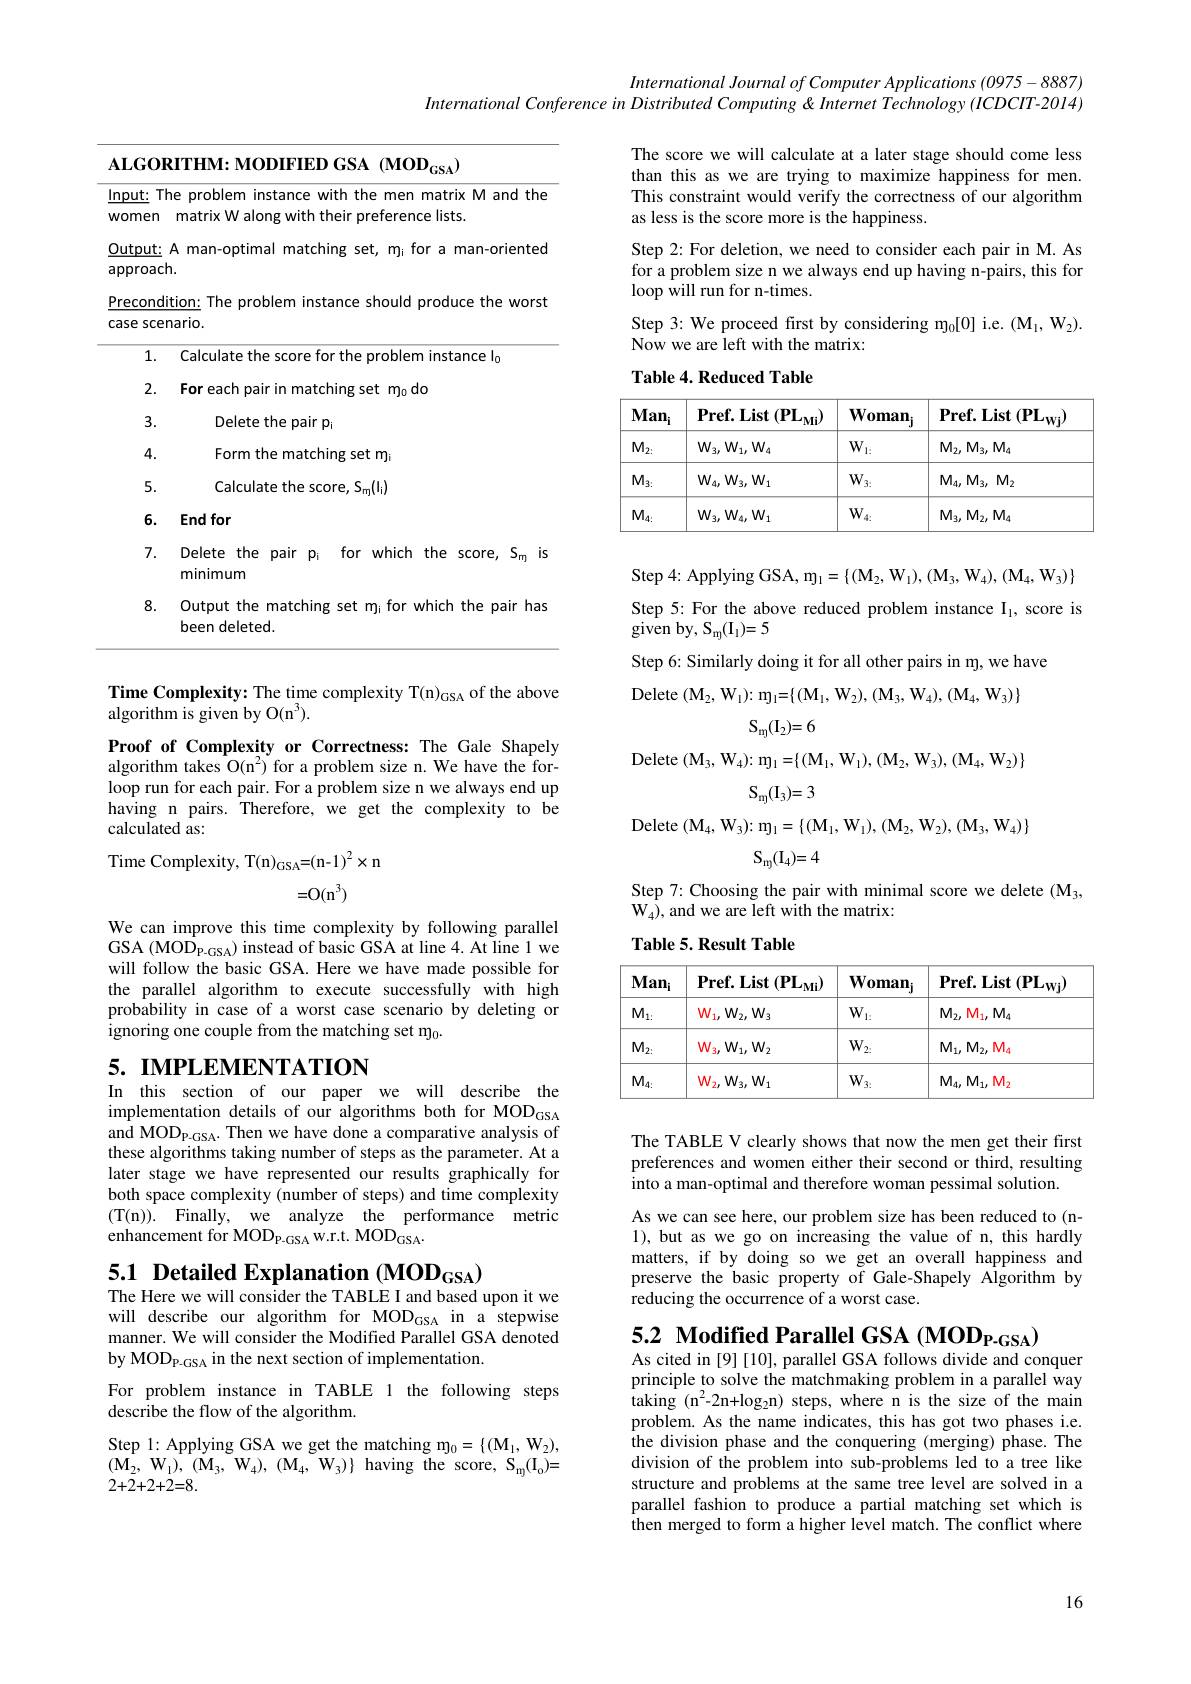
International Journal of Computer Applications (0975-8887)
International Conference in Distributed Computing & Internet Technology (ICDCIT-2014)

The score we will calculate at a later stage should come less than this as we are trying to maximize happiness for men. This constraint would verify the correctness of our algorithm as less is the score more is the happiness.

Step 2: For deletion, we need to consider each pair in M. As for a problem size n we always end up having n-pairs, this for $\log{\tilde{\text{will run for n-times.}}}$

Step 3: We proceed first by considering m$_0[0]$ i.e. (M$_1,\mathrm{W}_2).$
Now we are left with the matrix:

Table 4. Reduced Table

<table>
	<tbody>
		<tr>
			<td>$T$ nput:</td>
			<td>nrohlem the and the Insranc MITh mpr matriy M 11</td>
		</tr>
		<tr>
			<td>vomen</td>
			<td>matrix W along with their preference lists</td>
		</tr>
		<tr>
			<td>$\underline{{2utput:}}$ approac</td>
			<td>A man-optimal matching set, mji for a man-oriented $h.$</td>
		</tr>
		<tr>
			<td>recond</td>
			<td> </td>
		</tr>
		<tr>
			<td>recond case sce</td>
			<td>ition: s Ine proplem I Instar snould p produce tne WOTS nario.</td>
		</tr>
		<tr>
			<td>1</td>
			<td>alculat $nce\bot$</td>
		</tr>
		<tr>
			<td>2.</td>
			<td>For each pair in matching set mo do</td>
		</tr>
		<tr>
			<td>3.</td>
			<td>Delete the pair pi</td>
		</tr>
		<tr>
			<td>4.</td>
			<td>Form the matching set m</td>
		</tr>
		<tr>
			<td>5.</td>
			<td>Calculate the score, Sm(li)</td>
		</tr>
		<tr>
			<td>6.</td>
			<td>End for</td>
		</tr>
		<tr>
			<td>7.</td>
			<td>Delete the pair pi $i$ for which the score, Sm is minimum</td>
		</tr>
		<tr>
			<td>8.</td>
			<td>Output the matching set mj for which the pair has been deleted.</td>
		</tr>
	</tbody>
</table>

<table>
	<tbody>
		<tr>
			<th>$Man_i$</th>
			<th>$\mathbf{Pref.List}\left(\mathbf{PL_{Mi}}\right)$</th>
			<th>$\textbf{Woman}_{\mathrm{j}}$</th>
			<th>${\mathbf{Pref.List}}\left({\mathbf{PL_{Wj}}}\right)$</th>
		</tr>
		<tr>
			<td>$M_{2:}$</td>
			<td>$W_{3},W_{1},W_{4}$</td>
			<td>$W_{1:}$</td>
			<td>$\mathrm{M}_{2},\mathrm{M}_{3},\mathrm{M}_{4}$</td>
		</tr>
		<tr>
			<td>$M_{3:}$</td>
			<td>$W_{4},W_{3},W_{1}$</td>
			<td>$W_{3:}$</td>
			<td>$M_{4},M_{3}$, $M_{2}$ 112</td>
		</tr>
		<tr>
			<td>$M_{4:}$</td>
			<td>$W_{3},W_{4},W_{1}$</td>
			<td>$W_{4:}$</td>
			<td>$M_{3},M_{2},M_{4}$</td>
		</tr>
	</tbody>
</table>

$\operatorname{Step}4:\operatorname{Applying}\operatorname{GSA,m}_{1}=\{(\mathbf{M}_{2},\mathcal{W}_{1}),(\mathbf{M}_{3},\mathcal{W}_{4}),(\mathbf{M}_{4},\mathcal{W}_{3})\}$ Step 5: For the above reduced problem instance I$_1$, score is given by, $S_{m}$( $I_{1}$) = 5
Step 6: Similarly doing it for all other pairs in m, we have
Delete ( $M_{2}$, $W_{1}$) : $m_{1}$= $\{$( $M_{1}$, $W_{2}$) , ( $M_{3}$, $W_{4}$) , ( $M_{4}$, $W_{3}$) $\}$

$S_m$( $I_2$) = 6

Delete ( $M_{3}$, $W_{4}$) : $m_{1}$= $\{$( $M_{1}$, $W_{1}$) , ( $M_{2}$, $W_{3}$) , ( $M_{4}$, $W_{2}$) $\}$

Time Complexity: The time complexity T(n)$_\mathrm{GSA}$ of the above
algorithm is given by O(n$^3).$
Proof of Complexity or Correctness: The Gale Shapely algorithm takes O(n$^2)$ for a problem size n. We have the forloop run for each pair. For a problem size n we always end up having n pairs. Therefore, we get the complexity to be calculated as:

$S_{\mathrm{m}}(I_{3})=3$

Delete ( $M_{4}$, $W_{3}$) : $m_{1}$= $\{$( $M_{1}$, $W_{1}$) , ( $M_{2}$, $W_{2}$) , ( $M_{3}$, $W_{4}$) $\}$

$S_{m}$( $I_{4}$) = 4

Time Complexity, T(n)$_{\mathrm{GSA}}=($n-1$)^2\times$n
=O( $n^{3}$)

Step 7: Choosing the pair with minimal score we delete (M$_3$,
${\dot{W}_{4}),\mathrm{and~we~are~left~with~the~matrix:}}$

Table 5. Result Table

We can improve this time complexity by following parallel GSA (MOD$_\mathrm{P-GSA})$ instead of basic GSA at line 4. At line 1 we will follow the basic GSA. Here we have made possible for the parallel algorithm to execute successfully with high probability in case of a worst case scenario by deleting or ignoring one couple from the matching set m$_0.$

<table>
	<tbody>
		<tr>
			<th>$Man_i$</th>
			<th>$\mathbf{Pref.List}\left(\mathbf{PL_{Mi}}\right)$</th>
			<th>$\mathbf{Woman}_{j}$</th>
			<th>$\mathbf{Pref.List}\left(\mathbf{PL_{Wj}}\right)$</th>
		</tr>
		<tr>
			<td>$M_{1:}$</td>
			<td>$W_{1},W_{2},W_{3}$</td>
			<td>$W_{1.}$</td>
			<td>$M_{2},[$ $\mathcal{M}_1,\mathcal{M}_4$</td>
		</tr>
		<tr>
			<td>$M_{2:}$</td>
			<td>$W_{3},W_{1},W_{2}$</td>
			<td>$W_{2:}$</td>
			<td>$M_{1},M_{2},M_{4}$</td>
		</tr>
		<tr>
			<td>$M_{4:}$</td>
			<td>$W_{2},W_{3},W_{1}$</td>
			<td>$W_{3.}$</td>
			<td>$M_{4},M_{1},N_{2}$ $M1_2$</td>
		</tr>
	</tbody>
</table>

# 5. IMPLEMENTATION In this section of our paper we will describe the

The TABLE V clearly shows that now the men get their first preferences and women either their second or third, resulting into a man-optimal and therefore woman pessimal solution.

implementation details of our algorithms both for MOD$_\mathrm{GSA}$ and MOD$_\mathrm{P-GSA}.$ Then we have done a comparative analysis of these algorithms taking number of steps as the parameter. At a later stage we have represented our results graphically for both space complexity (number of steps) and time complexity (T( n) ) . Finally, we analyze the performance metric enhancement for MOD$_\mathrm{P-GSA}$ w.r.t. MOD$_\mathrm{GSA}.$

As we can see here, our problem size has been reduced to(n- 1),but as we go on increasing the value of n, this hardly matters, if by doing so we get an overall happiness and preserve the basic property of Gale-Shapely Algorithm by reducing the occurrence of a worst case.

5.1 Detailed Explanation (MOD$_{\mathrm{GSA}})$
The Here we will consider the TABLE I and based upon it we

5.2 Modified Parallel GSA (MOD$_{\mathrm{P-GSA}})$
As cited in [9][10], parallel GSA follows divide and conquer

will describe our algorithm for MOD$_\mathrm{GSA}$ in a stepwise manner. We will consider the Modified Parallel GSA denoted by MODp-GSA in the next section of implementation.
For problem instance in TABLE 1 the following steps

describe the flow of the algorithm.
Step 1: Applying GSA we get the matching m$_0=\{(\mathbf{M}_1,\mathbf{W}_2)$, $( M_{2}$, $W_{1}$) , ( $M_{3}$, $W_{4}$) , ( $M_{4}$, $W_{3}$) $\}$ having the score, $S_{m}$( $I_{0}$) = $2+\bar{2}+2+2=8.$

principle to solve the matchmaking problem in a parallel way taking (n$^2$-2n+log$_2$n)steps,where n is the size of the main problem. As the name indicates, this has got two phases i.e. the division phase and the conquering (merging) phase. The division of the problem into sub-problems led to a tree like structure and problems at the same tree level are solved in a parallel fashion to produce a partial matching set which is then merged to form a higher level match. The conflict where

16